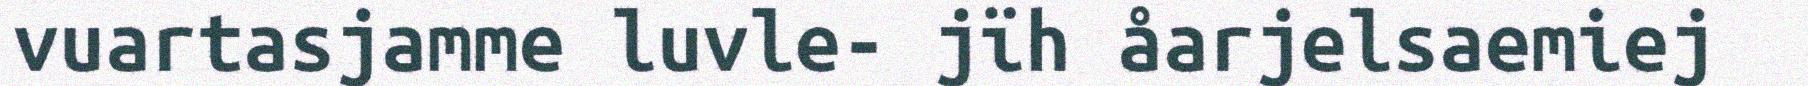
vuartasjamme luvle- jïh åarjelsaemiej